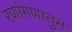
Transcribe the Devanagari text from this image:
रणांगणातुन